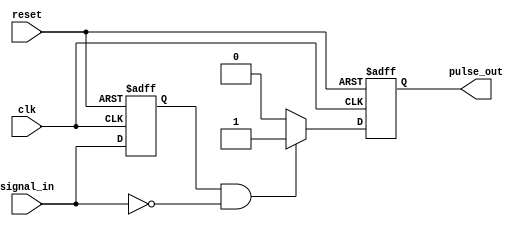
module negative_edge_detector (
    input wire clk,            // Clock signal
    input wire reset,          // Asynchronous reset signal
    input wire signal_in,      // Input signal to detect falling edge
    output reg pulse_out       // Output pulse signal
);

    // Internal registers to hold the current and previous states
    reg signal_in_d; // Delayed version of the input signal

    // Sequential logic: capture the input state and its previous state
    always @(posedge clk or posedge reset) begin
        if (reset) begin
            signal_in_d <= 1'b0; // Initialize delayed signal
            pulse_out <= 1'b0;    // Initialize output pulse
        end else begin
            signal_in_d <= signal_in; // Sample the input signal
            // Detect falling edge
            if (signal_in_d == 1'b1 && signal_in == 1'b0) begin
                pulse_out <= 1'b1; // Generate the pulse
            end else begin
                pulse_out <= 1'b0; // Clear pulse output if no edge detected
            end
        end
    end

endmodule